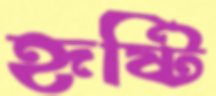
হৃষ্টি